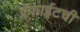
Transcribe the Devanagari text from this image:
ग्रॅफाईटची